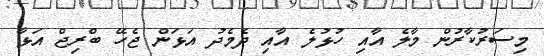
މިސަރުކާރުން މާލެ އާއި ހުޅުލެ އާއި ދެމެދު އަޅަން ޖެހޭ ބްރިޖް އަޅާ